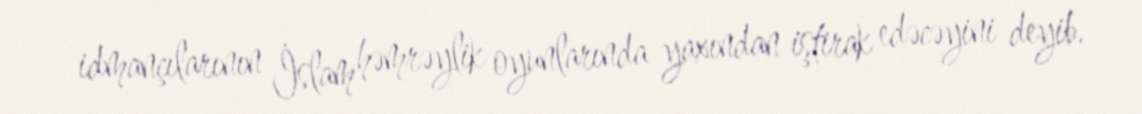
idmançılarının İslam həmrəylik oyunlarında yaxından iştirak edəcəyini deyib.